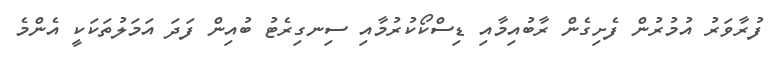
ފުރާވަރު އުމުރުން ފެށިގެން ރާބުއިމާއި ޑިސްކޯކުރުމާއި ސިނގިރެޓު ބުއިން ފަދަ އަމަލުތަކަކީ އެންމެ